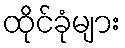
ထိုင်ခုံများ